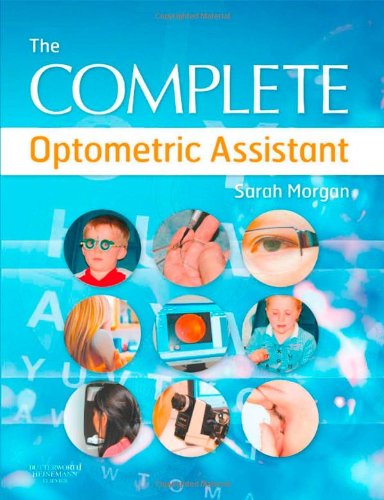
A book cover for The Complete Optometric Assistant, 1e; Sarah Morgan; Medical Books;